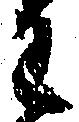
わ